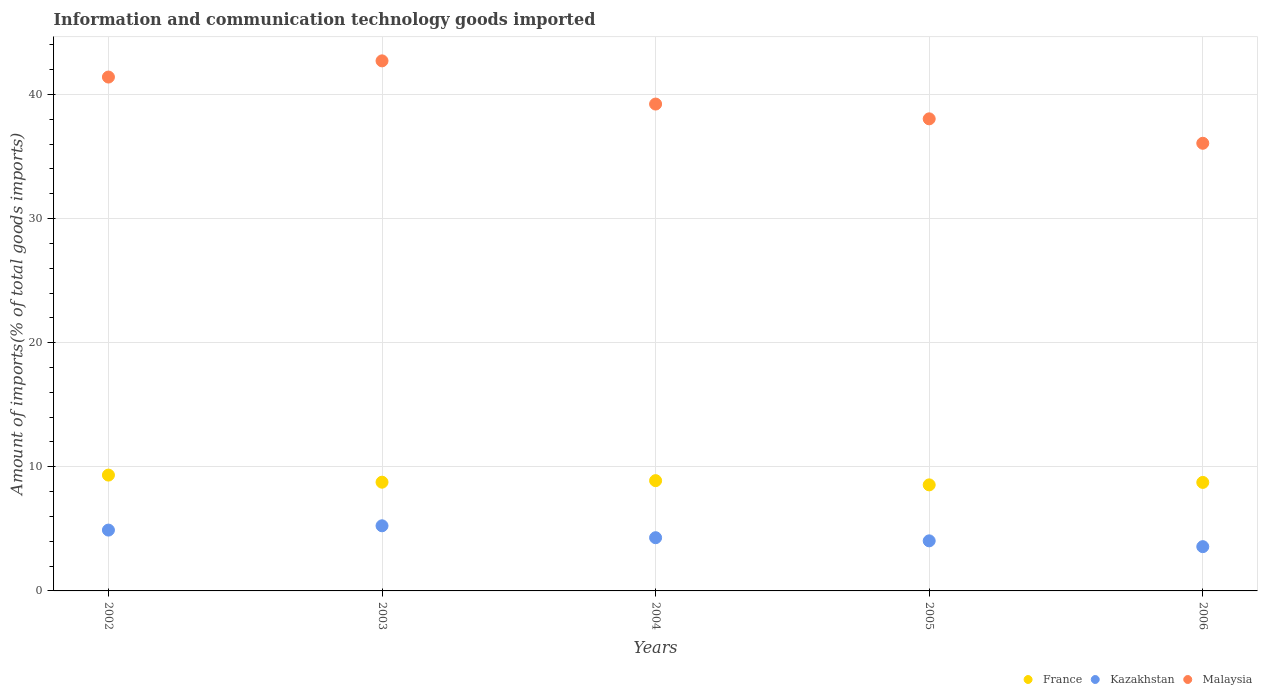
| Years | France | Kazakhstan | Malaysia |
 | --- | --- | --- | --- |
 | 2002 | 9.33 | 4.9 | 41.4 |
 | 2003 | 8.76 | 5.25 | 42.7 |
 | 2004 | 8.89 | 4.29 | 39.2 |
 | 2005 | 8.54 | 4.03 | 38 |
 | 2006 | 8.74 | 3.57 | 36.1 |